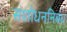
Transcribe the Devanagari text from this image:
संशोधननिबंध